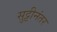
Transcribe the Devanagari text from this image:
सुट्टीनंतर